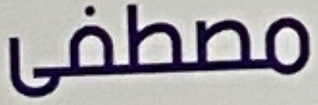
مصطفى